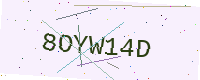
Text: 8OYW14D